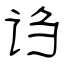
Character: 诌